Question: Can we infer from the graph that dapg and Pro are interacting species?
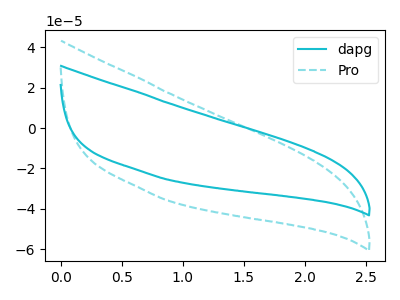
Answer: <think>The cyan curve "dapg" has no peaks. The cyan dashed curve "Pro" has no peaks.
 Neither "dapg" or "Pro" have any peaks.</think>
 <answer>No, "dapg" and "Pro" don't appear to be significantly different in shape</answer>
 <eval>no_change</eval>